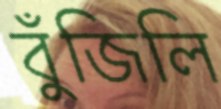
বুঁজিলি